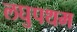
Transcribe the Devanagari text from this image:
लघुपथम